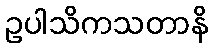
ဥပါသိကသတာနိ